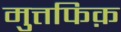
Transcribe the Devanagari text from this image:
मुत्तफिक़